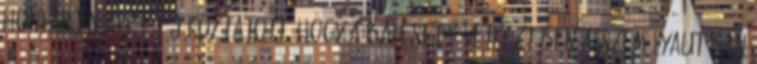
honlapján arról tájékoztatott, hogy a baleset következtében a személyautóban